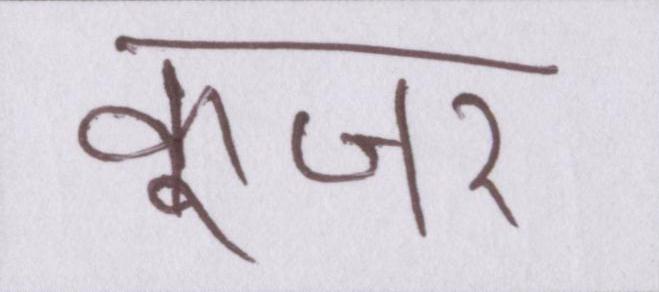
कूजर